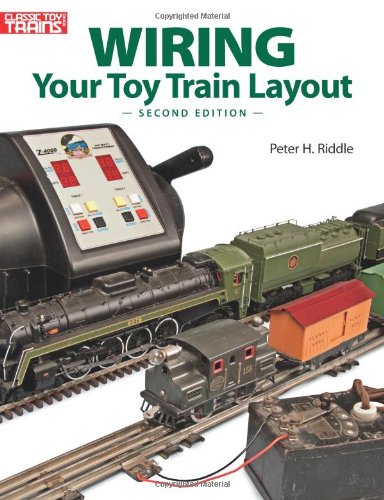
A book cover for Wiring Your Toy Train Layout; Peter H. Riddle; Crafts, Hobbies & Home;